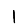
Digit: 1